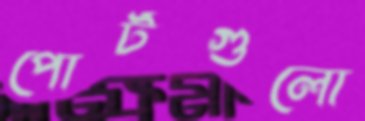
পোর্টগুলো